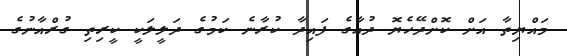
މައްޔިތާ އަށް ކޮށްދޭހެޔޮ ދުޢާގެ ފައިދާ ކުރާނެ ކަމުގެ ދަލީލަކީ ކީރިތި ގުރްއާނުގެ